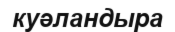
куәландыра